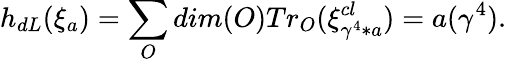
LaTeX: h_{dL}(\xi_{a})=\sum_{O}dim(O)Tr_{O}(\xi_{\gamma^{4}*a}^{cl})=a(\gamma^{4}).